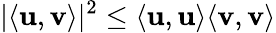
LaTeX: |\langle\mathbf{u},\mathbf{v}\rangle|^{2}\leq\langle\mathbf{u},\mathbf{u}\rangle\langle\mathbf{v},\mathbf{v}\rangle